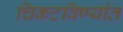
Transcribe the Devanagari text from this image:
चिकटविण्यांत